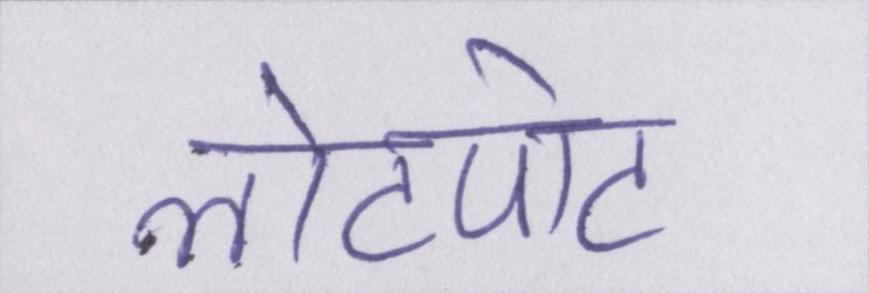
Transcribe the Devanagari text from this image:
लोटपोट